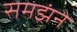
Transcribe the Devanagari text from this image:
समझंने